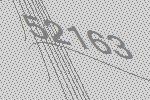
52163